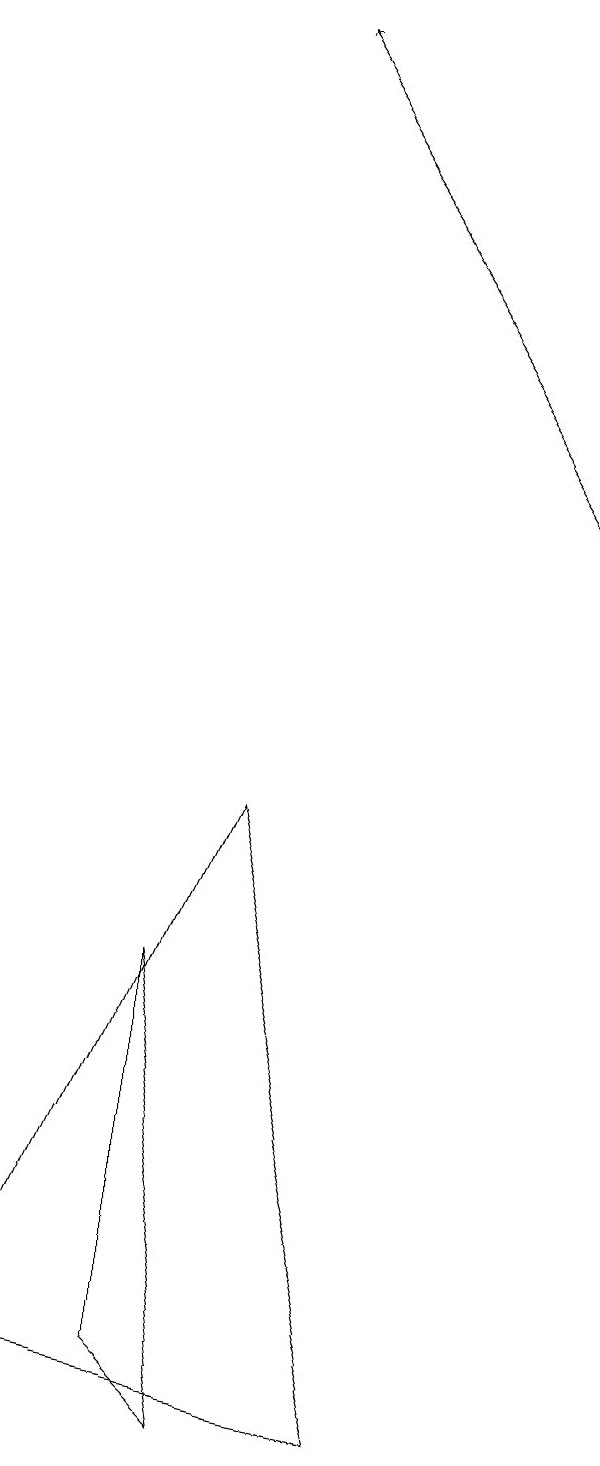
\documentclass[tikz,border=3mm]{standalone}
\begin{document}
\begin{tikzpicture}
\draw[->] (7,13) -- (3,19);
\draw (5,1) -- (3,9) -- (0,2) -- cycle;
\draw (2,7) -- (2,2) -- (3,1) -- cycle;
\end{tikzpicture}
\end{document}